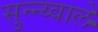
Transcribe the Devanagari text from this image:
सुन्न्य्वाले